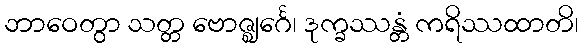
ဘာဝေတွာ သတ္တ ဗောဇ္ဈင်္ဂေ၊ ဒုက္ခဿန္တံ ကရိဿထာတိ၊